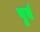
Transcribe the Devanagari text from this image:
पृर्व